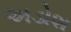
અડોશ